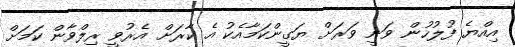
އިއްޔެ ފުލުހުން ވަނީ ވަރަށް ޔަގީންކަމާއެކު އެ ކާރަށް އެރުވީ ރިލްވާން ކަަމަށް